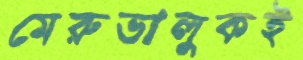
মেরুভালুকই